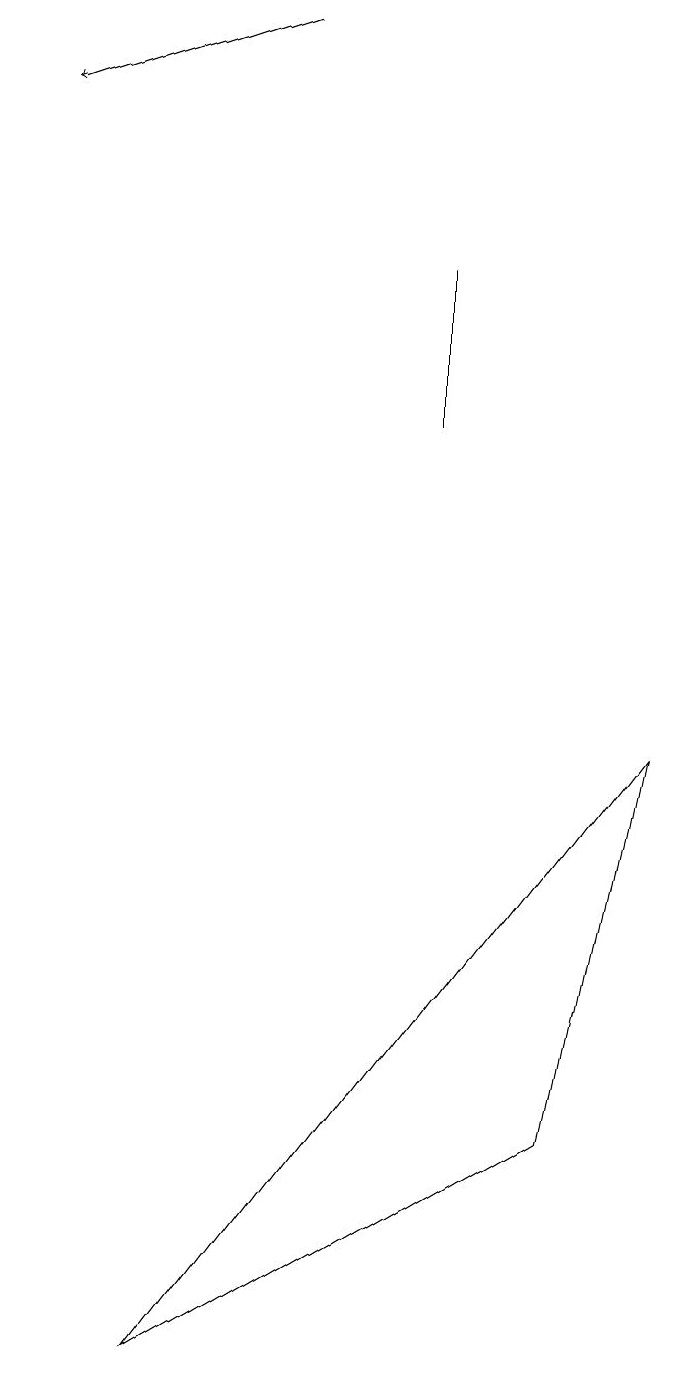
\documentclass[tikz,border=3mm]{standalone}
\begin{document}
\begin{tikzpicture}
\draw (7,4) -- (8,9) -- (2,1) -- cycle;
\draw (5,15) rectangle (5,13);
\draw[->] (3,18) -- (0,17);
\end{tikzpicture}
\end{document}